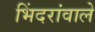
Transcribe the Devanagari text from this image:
भिंदरांवाले